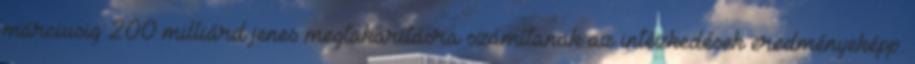
márciusig 200 milliárd jenes megtakarításra számítanak az intézkedések eredményeképp.